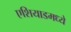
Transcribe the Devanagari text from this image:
एशियाडमध्ये